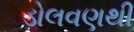
ડોલવણથી